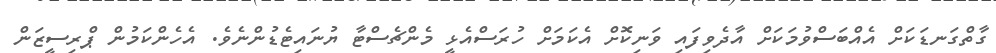
ގާތްގަނޑަކަށް އެއްބަސްވުމަކަށް އާދެވިފައި ވަނިކޮށް އެކަމަށް ހުރަސްއެޅީ މެންޗެސްޓާ ޔުނައިޓެޑުންނެވެ. އެހެންކަމުން ޕްރިސީޒަން